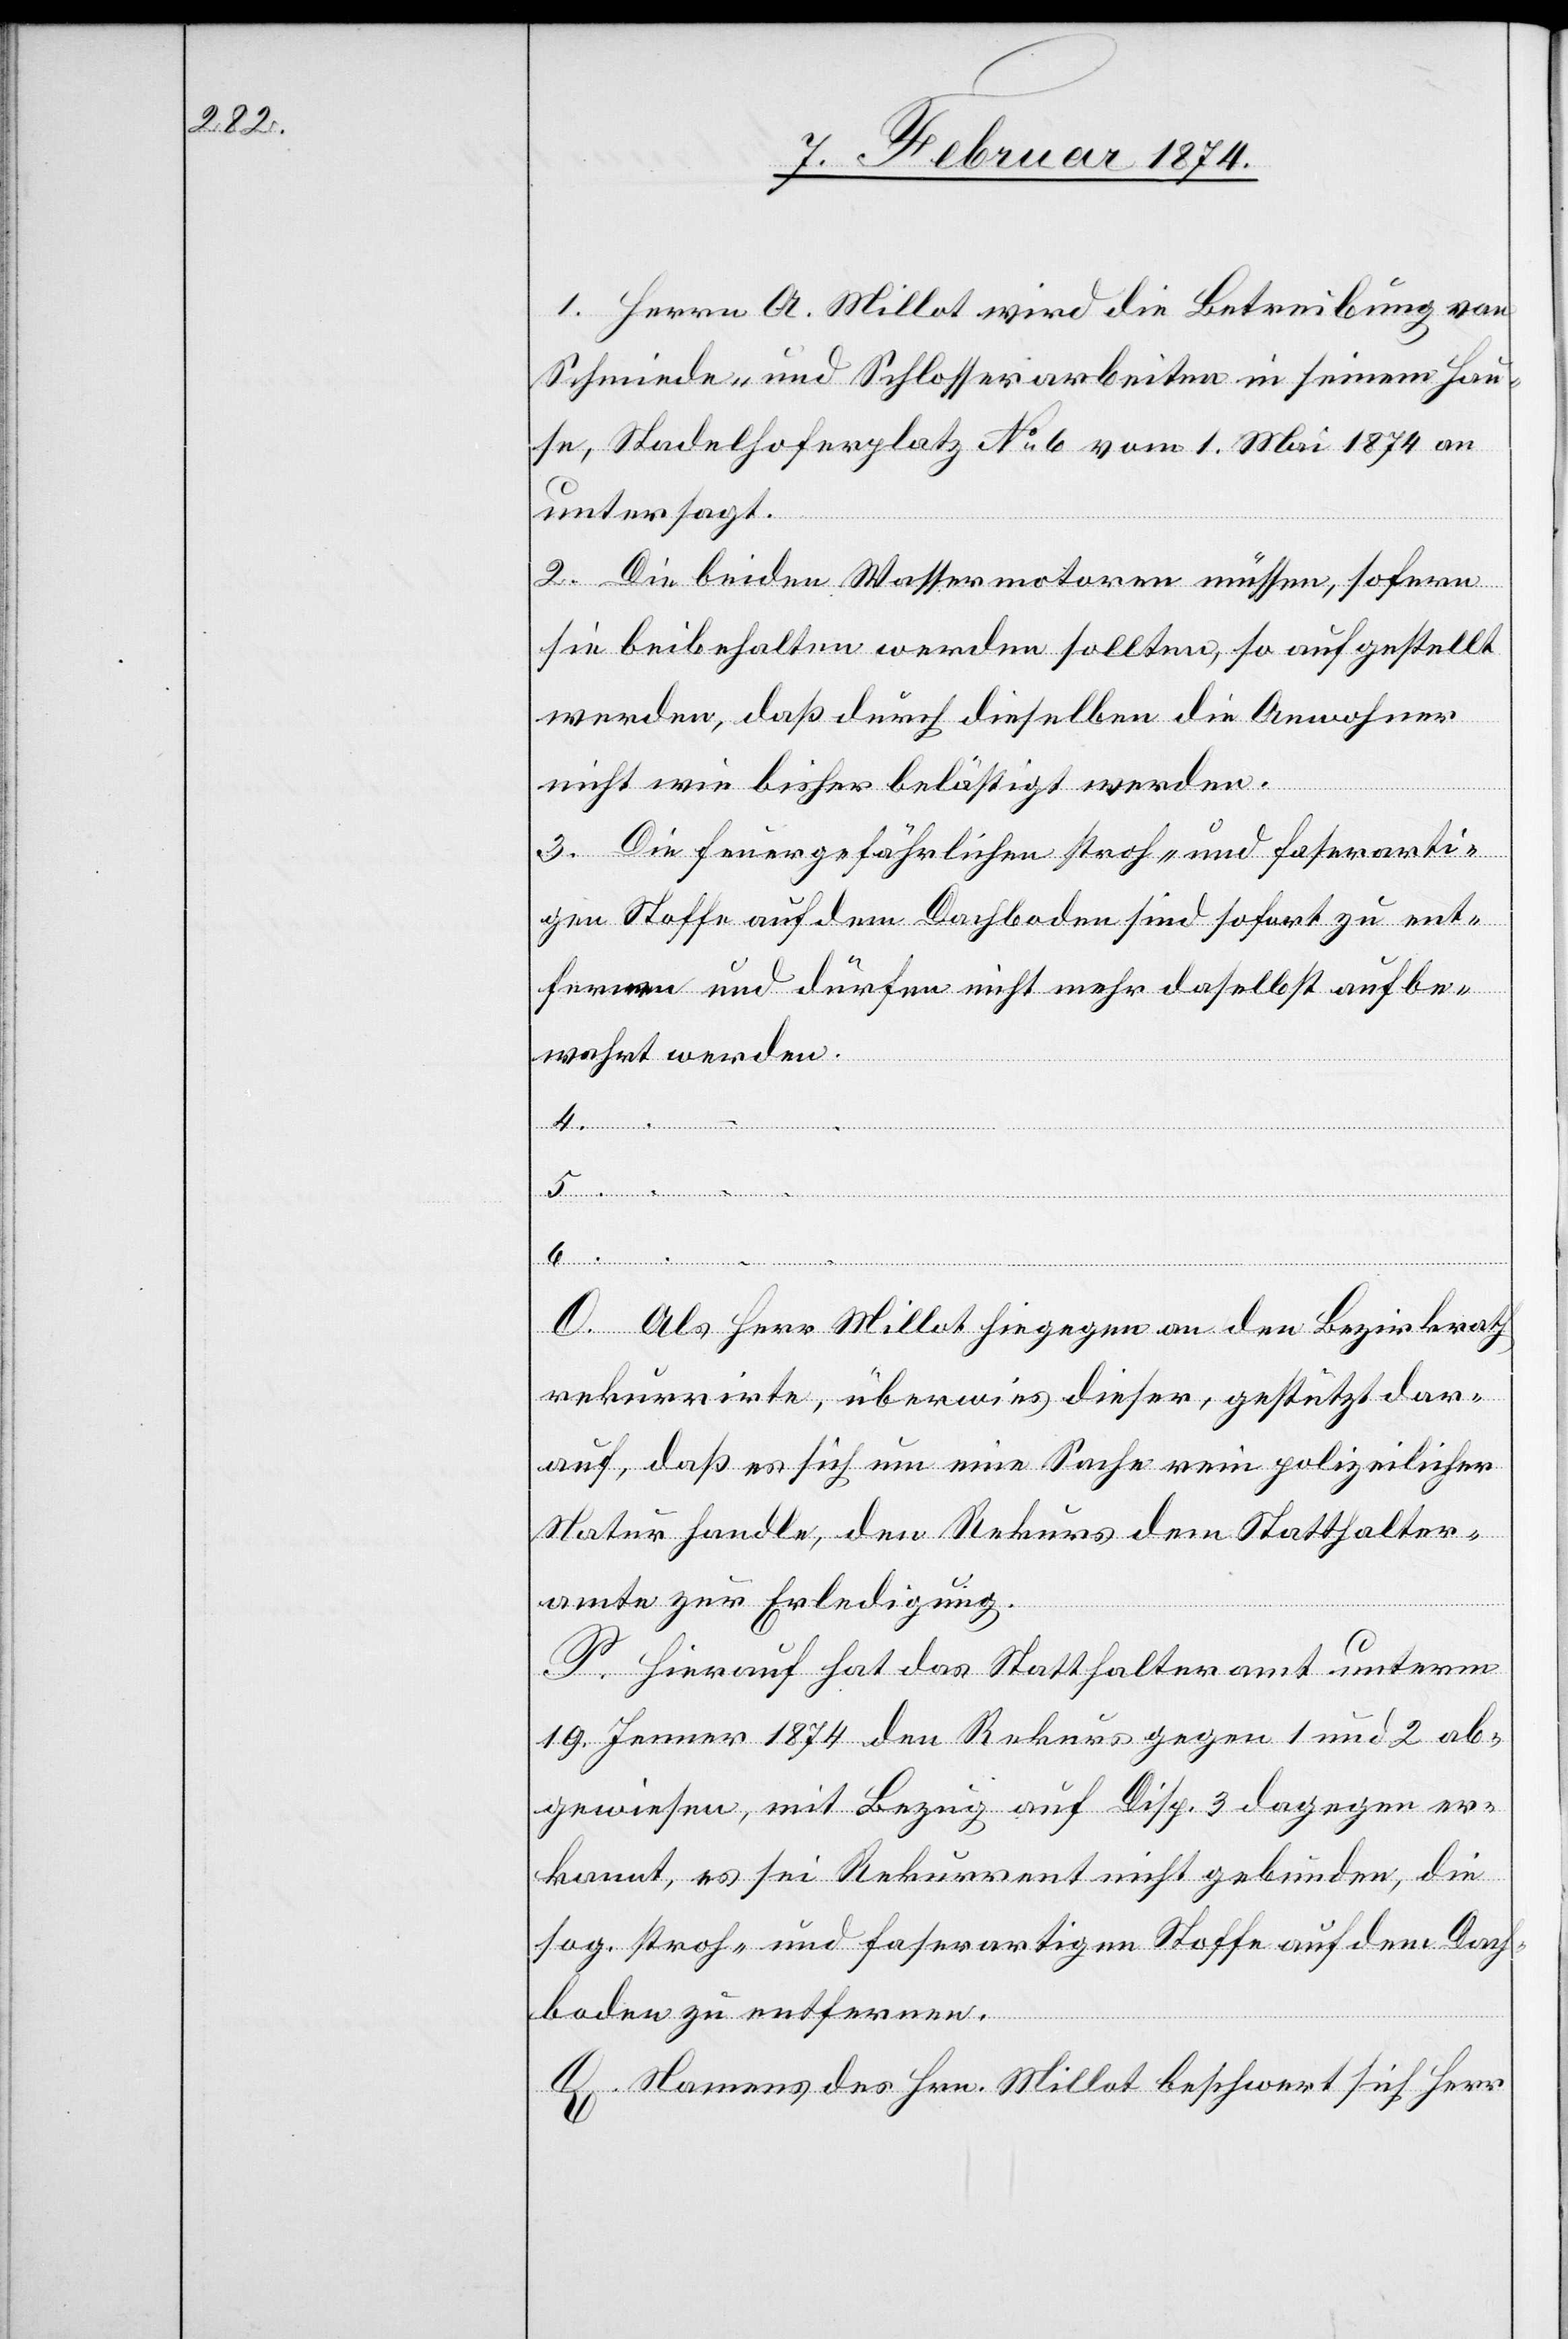
1. Herrn A. Millot wird die Betreibung von
Schmiede- und Schlosserarbeiten in seinem Hau¬
se, Stadelhoferplatz No 6 vom 1. Mai 1874 an
untersagt.
2. Die beiden Wassermotoren müssen, sofern
sie beibehalten werden sollten, so aufgestellt
werden, daß durch dieselben die Anwohner
nicht wie bisher belästigt werden.
3. Die feuergefährlichen stroh- und faserarti¬
gen Stoffe auf dem Dachboden sind sofort zu ent¬
fernen und dürfen nicht mehr daselbst aufbe¬
wahrt werden.
4. …
5. …
6. …
O. Als Herr Millot hingegen an den Bezirksrath
rekurrirte, überwies dieser, gestützt dar¬
auf, daß es sich um eine Sache rein polizeilicher
Natur handle, den Rekurs dem Statthalter¬
amte zur Erledigung.
P. Hierauf hat das Statthalteramt unterm
19. Jenner 1874 den Rekurs gegen 1 und 2 ab¬
gewiesen, mit Bezug auf Disp. 3 dagegen er¬
kannt, es sei Rekurrent nicht gebunden, die
sog. stroh- und faserartigen Stoffe auf dem Dach¬
boden zu entfernen.
Q. Namens des Hrn. Millot beschwert sich Herr